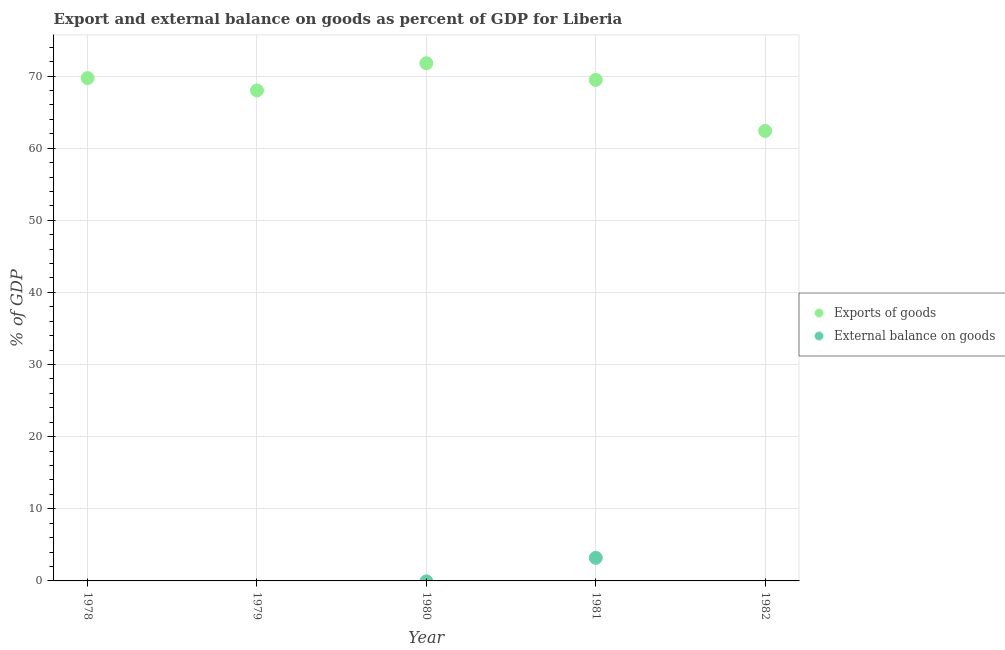
| Year | Exports of goods | External balance on goods |
 | --- | --- | --- |
 | 1978 | 69.7 | -6.78 |
 | 1979 | 68 | -4.15 |
 | 1980 | 71.8 | -0.0585 |
 | 1981 | 69.5 | 3.2 |
 | 1982 | 62.4 | -2.31 |